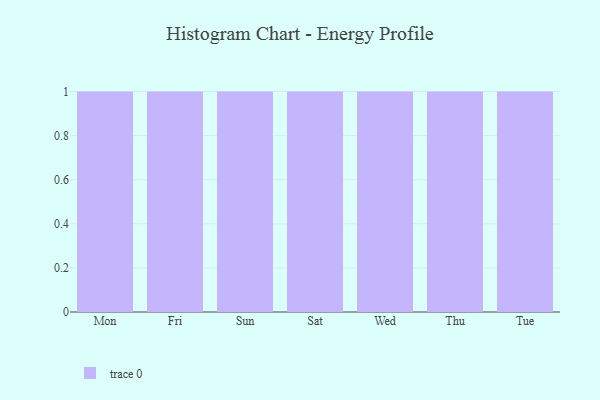
{"axis": {"x": "Day", "y": "Operating Costs (USD K)"}, "legend": [""], "data": [{"x": "Mon", "y": 6, "type": ""}, {"x": "Fri", "y": 39, "type": ""}, {"x": "Sun", "y": 3, "type": ""}, {"x": "Sat", "y": 48, "type": ""}, {"x": "Wed", "y": 8, "type": ""}, {"x": "Thu", "y": 2, "type": ""}, {"x": "Tue", "y": 32, "type": ""}]}